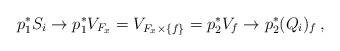
LaTeX: \begin{align*}p_1^*S_i \to p_1^*V_{F_x} = V_{F_x\times \{f\}}= p_2^*V_f \to p_2^*(Q_i)_f \,,\end{align*}